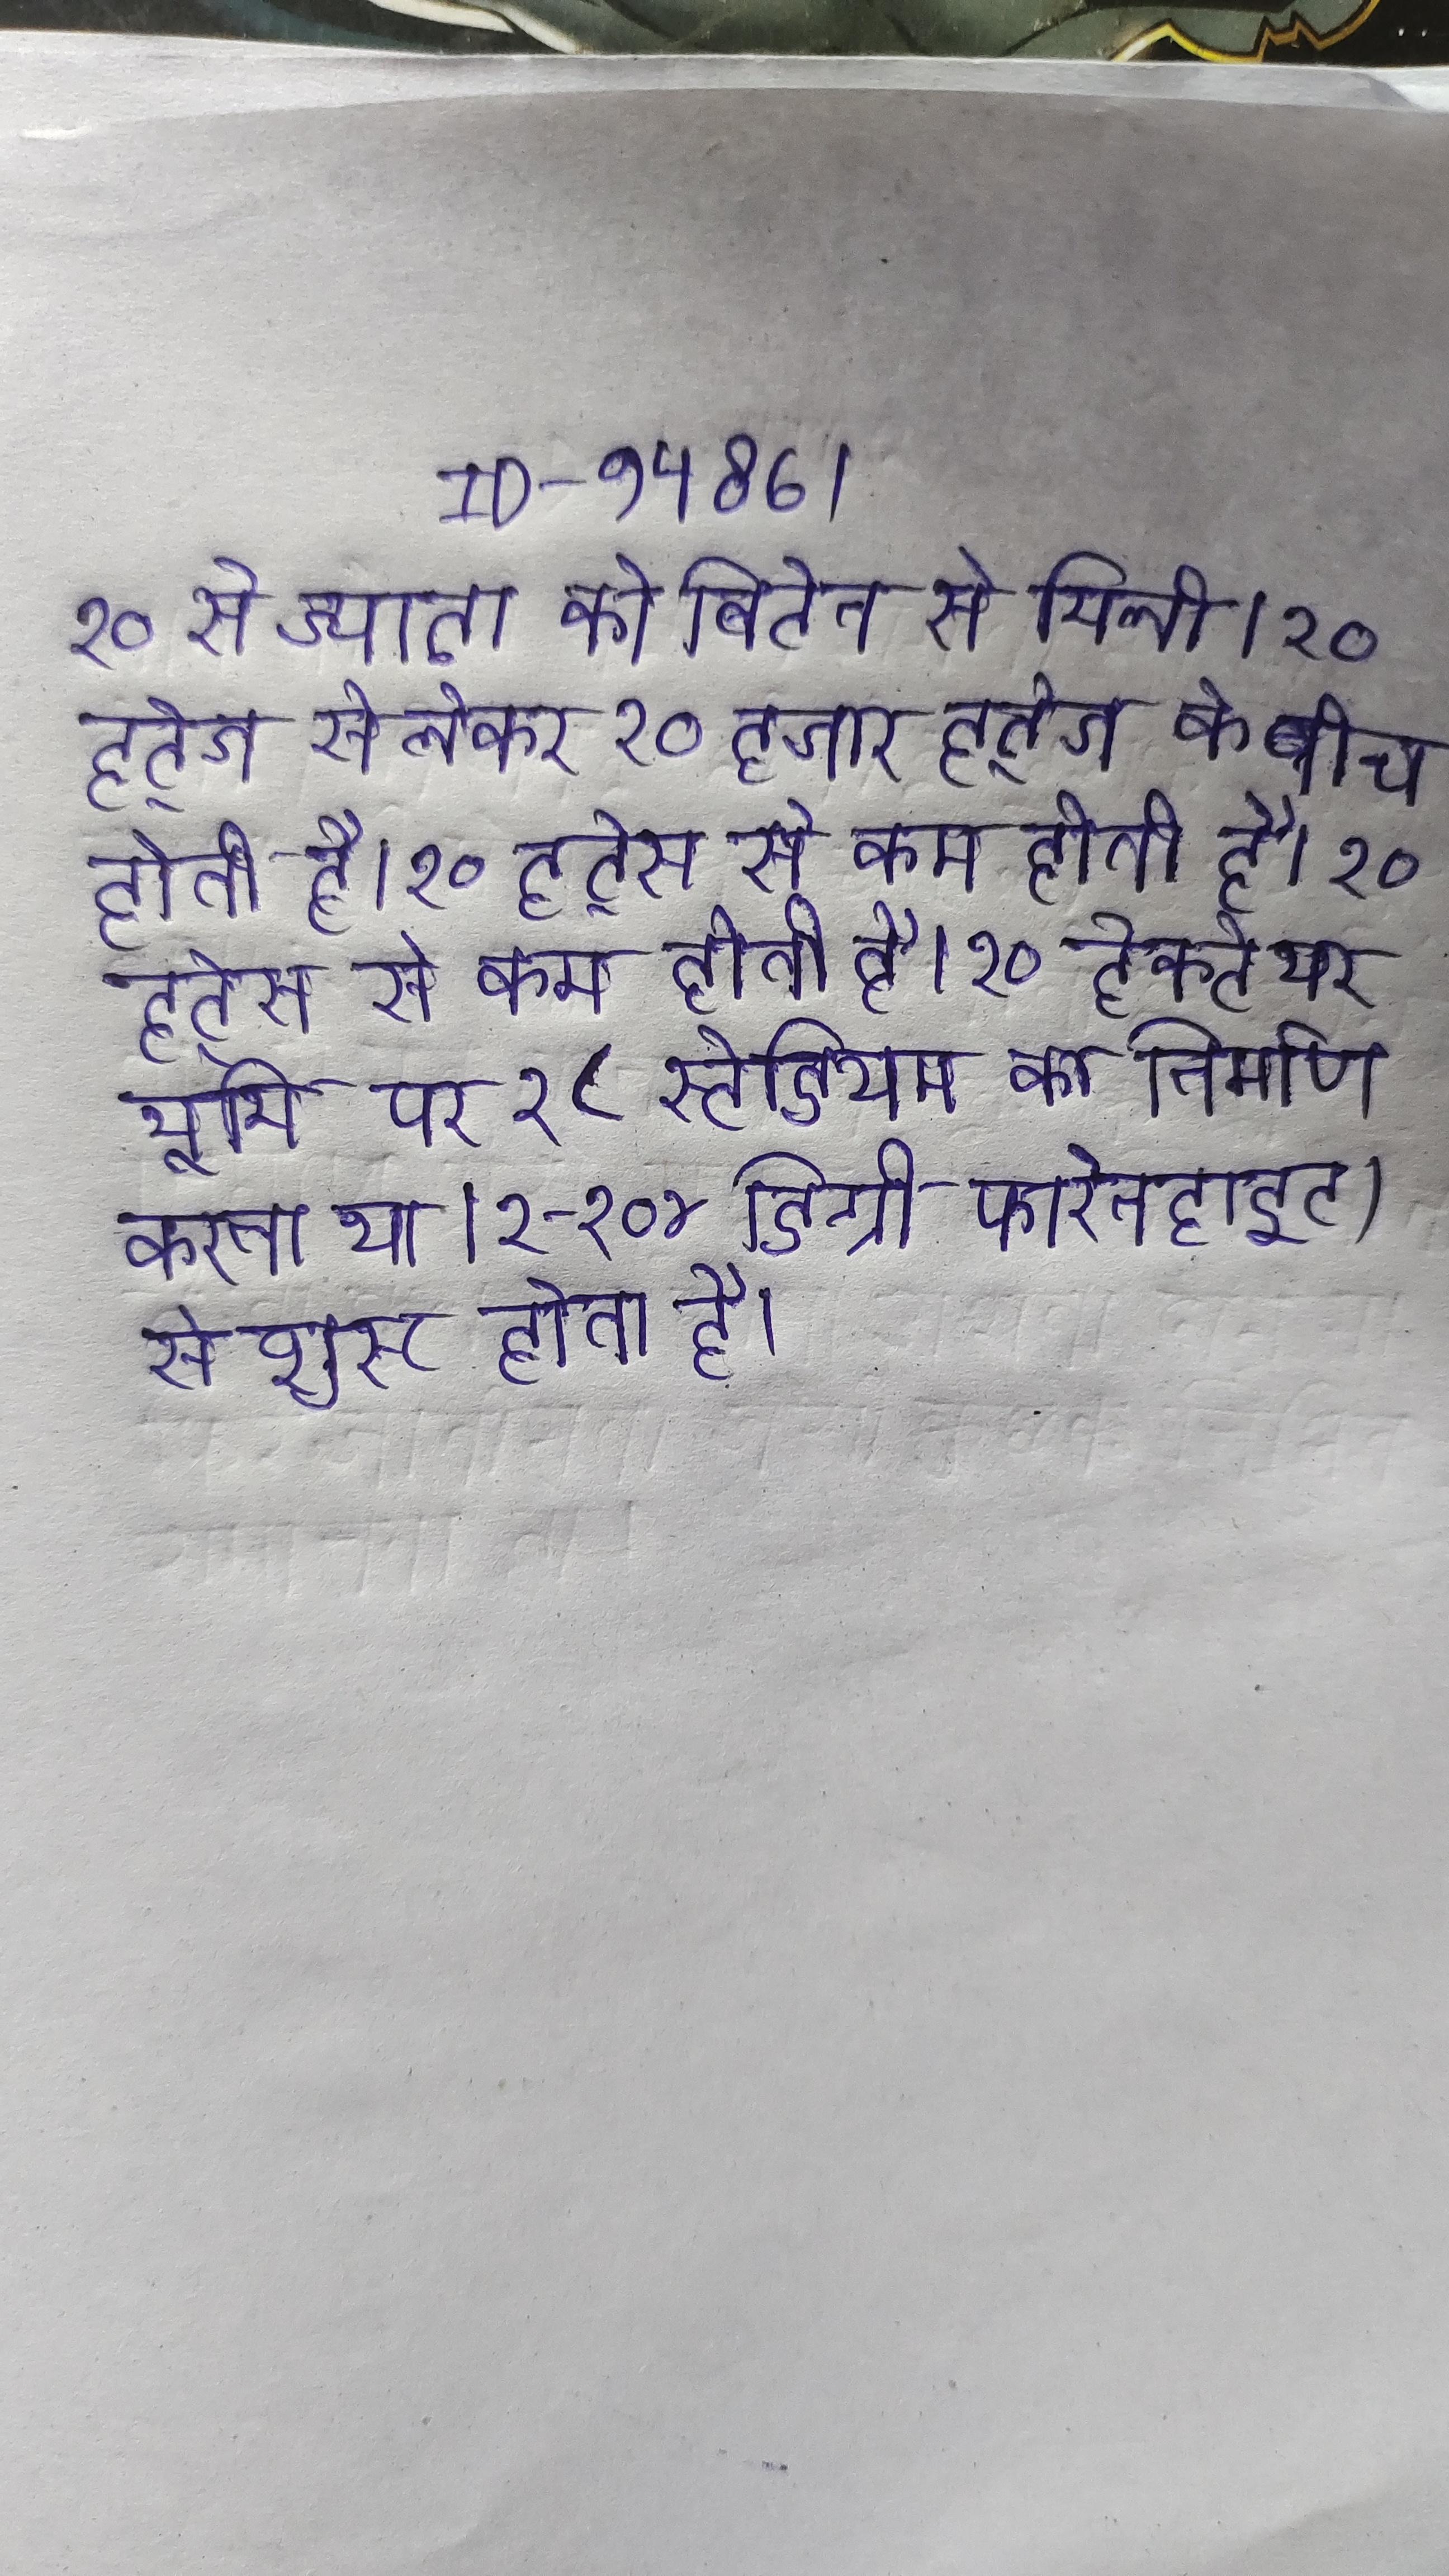
२० से ज्यादा को ब्रिटेन से मिली । २० हर्ट्ज से लेकर २० हजार हर्ट्ज के बीच होती है । २० हर्ट्स से कम होती है । २० हेक्टेयर भूमि पर १८ स्टेडियम का निर्माण करना था । २-१०४ डिग्री फारेनहाइट) से शुरू होता है ।